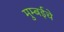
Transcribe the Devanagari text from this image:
मुम्बईचे